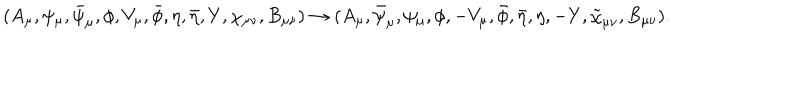
LaTeX: ( A _ { \mu } , \psi _ { \mu } , \bar { \psi } _ { \mu } , \phi , V _ { \mu } , \bar { \phi } , \eta , \bar { \eta } , Y , \chi _ { \mu \nu } , B _ { \mu \nu } ) \rightarrow ( A _ { \mu } , \bar { \psi } _ { \mu } , \psi _ { \mu } , \phi , - V _ { \mu } , \bar { \phi } , \bar { \eta } , \eta , - Y , \tilde { \chi } _ { \mu \nu } , B _ { \mu \nu } ) .